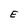
Character: E